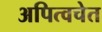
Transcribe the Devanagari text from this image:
अपित्वचेत